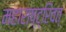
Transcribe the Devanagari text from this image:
महाराष्ट्रिवत्